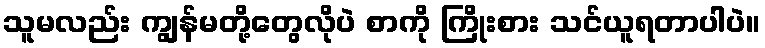
သူမလည်း ကျွန်မတို့တွေလိုပဲ စာကို ကြိုးစား သင်ယူရတာပါပဲ။